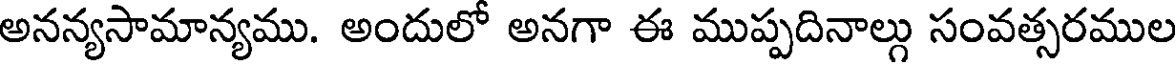
అనన్యసామాన్యము. అందులో అనగా ఈ ముప్పదినాల్లు సంవత్సరముల